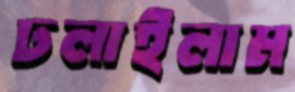
ঢলাইলাম